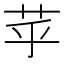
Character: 苸